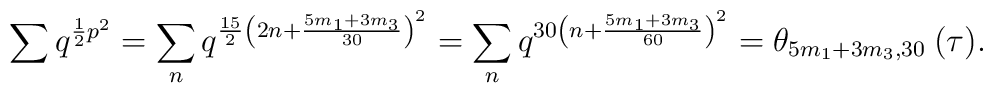
\sum q^{\frac{1}{2}p^2}=\sum_n q^{\frac{15}{2}\left(2n+\frac{5m_1+3m_3}{30}\right)^2}=\sum_n q^{30\left(n+\frac{5m_1+3m_3}{60}\right)^2}=\theta_{5m_1+3m_3,30}\:(\tau).